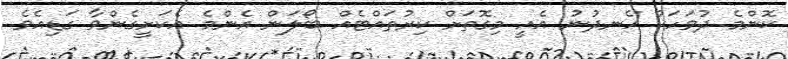
ކޮންމެ ދުވަހަކު ހެނދުނު އެއީ މިގޮތަށް ކިރުތައްޓެއް ބޯލަން އެންމެ އެކަށީގެންވާ ގަޑިއެވެ.